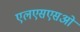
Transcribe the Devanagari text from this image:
एलएसएसओ